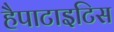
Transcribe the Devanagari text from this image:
हैपाटाइटिस